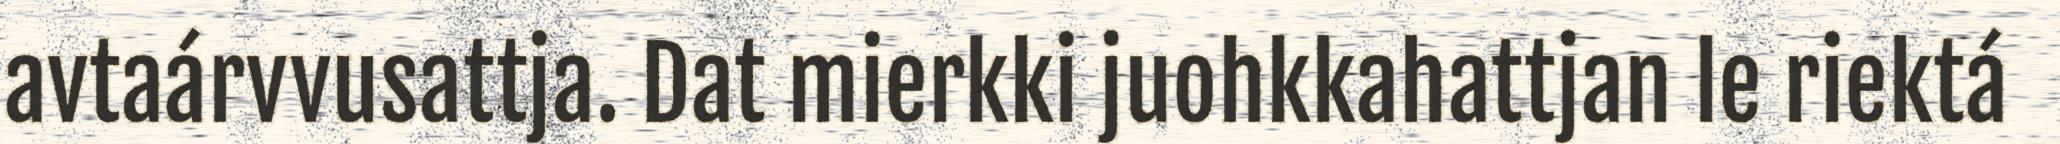
avtaárvvusattja. Dat mierkki juohkkahattjan le riektá